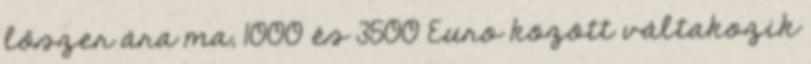
lőszer ára ma, 1000 és 3500 Euro között váltakozik